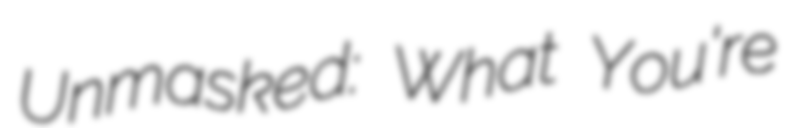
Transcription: Unmasked: What You're